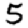
Digit: 5